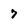
Character: 7